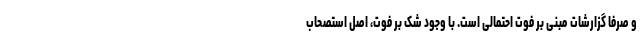
و صرفا گزارشات مبنی بر فوت احتمالی است. با وجود شک بر فوت، اصل استصحاب